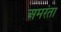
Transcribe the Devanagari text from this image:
अमरंता